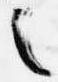
之